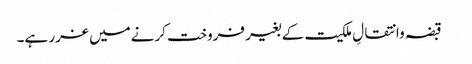
 قبضہ وانتقالِ ملکیت کے بغیر فروخت کرنےمیں غرر ہے۔